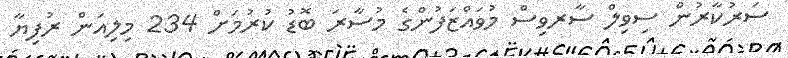
ސަރުކާރުން ސިވިލް ސާރވިސް މުވައްޒަފުންގެ މުސާރަ ބޮޑު ކުރުމަށް 234 މިިލިއަން ރުފިޔާ